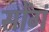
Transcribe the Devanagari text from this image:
सोंगं